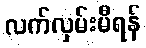
လက်လှမ်းမီရန်